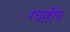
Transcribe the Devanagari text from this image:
ग्वाहीच